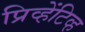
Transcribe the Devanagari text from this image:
प्रिव्हेंटिव्ह